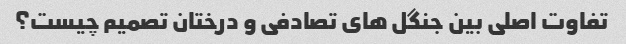
تفاوت اصلی بین جنگل های تصادفی و درختان تصمیم چیست؟